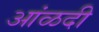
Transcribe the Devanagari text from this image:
आंळदी